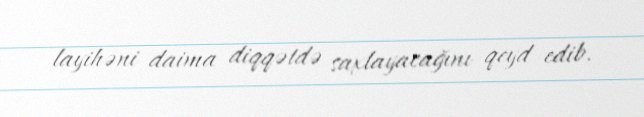
layihəni daima diqqətdə saxlayacağını qeyd edib.